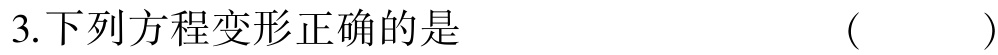
3.下列方程变形正确的是  (   )